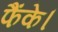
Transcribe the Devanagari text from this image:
फैंके।